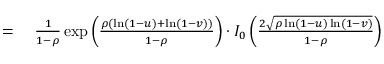
\begin{array} { r l } { = { } } & { { } { \frac { 1 } { 1 - \rho } } \exp \left( { \frac { \rho ( \ln ( 1 - u ) + \ln ( 1 - v ) ) } { 1 - \rho } } \right) \cdot I _ { 0 } \left( { \frac { 2 { \sqrt { \rho \ln ( 1 - u ) \ln ( 1 - v ) } } } { 1 - \rho } } \right) } \end{array}